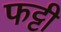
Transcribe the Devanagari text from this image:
फट्टी